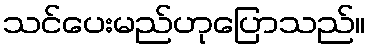
သင်ပေးမည်ဟုပြောသည်။